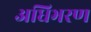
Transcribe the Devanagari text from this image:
अधिभरण